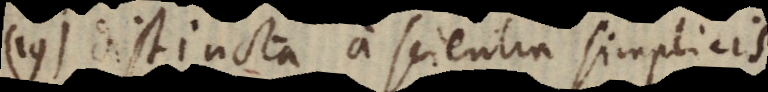
19) distincta a scientia simplicis